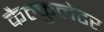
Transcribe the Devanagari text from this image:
कैल्कुलेटर